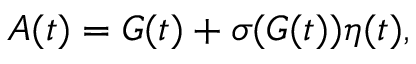
A ( t ) = G ( t ) + \sigma ( G ( t ) ) \eta ( t ) ,